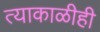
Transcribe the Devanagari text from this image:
त्याकाळीही